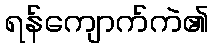
ရန်ကျောက်ကဲ၏